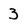
Character: 3